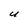
Character: U